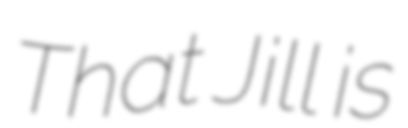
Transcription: That Jill is